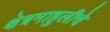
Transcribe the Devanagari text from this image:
क्षेत्रमाहुलीचे